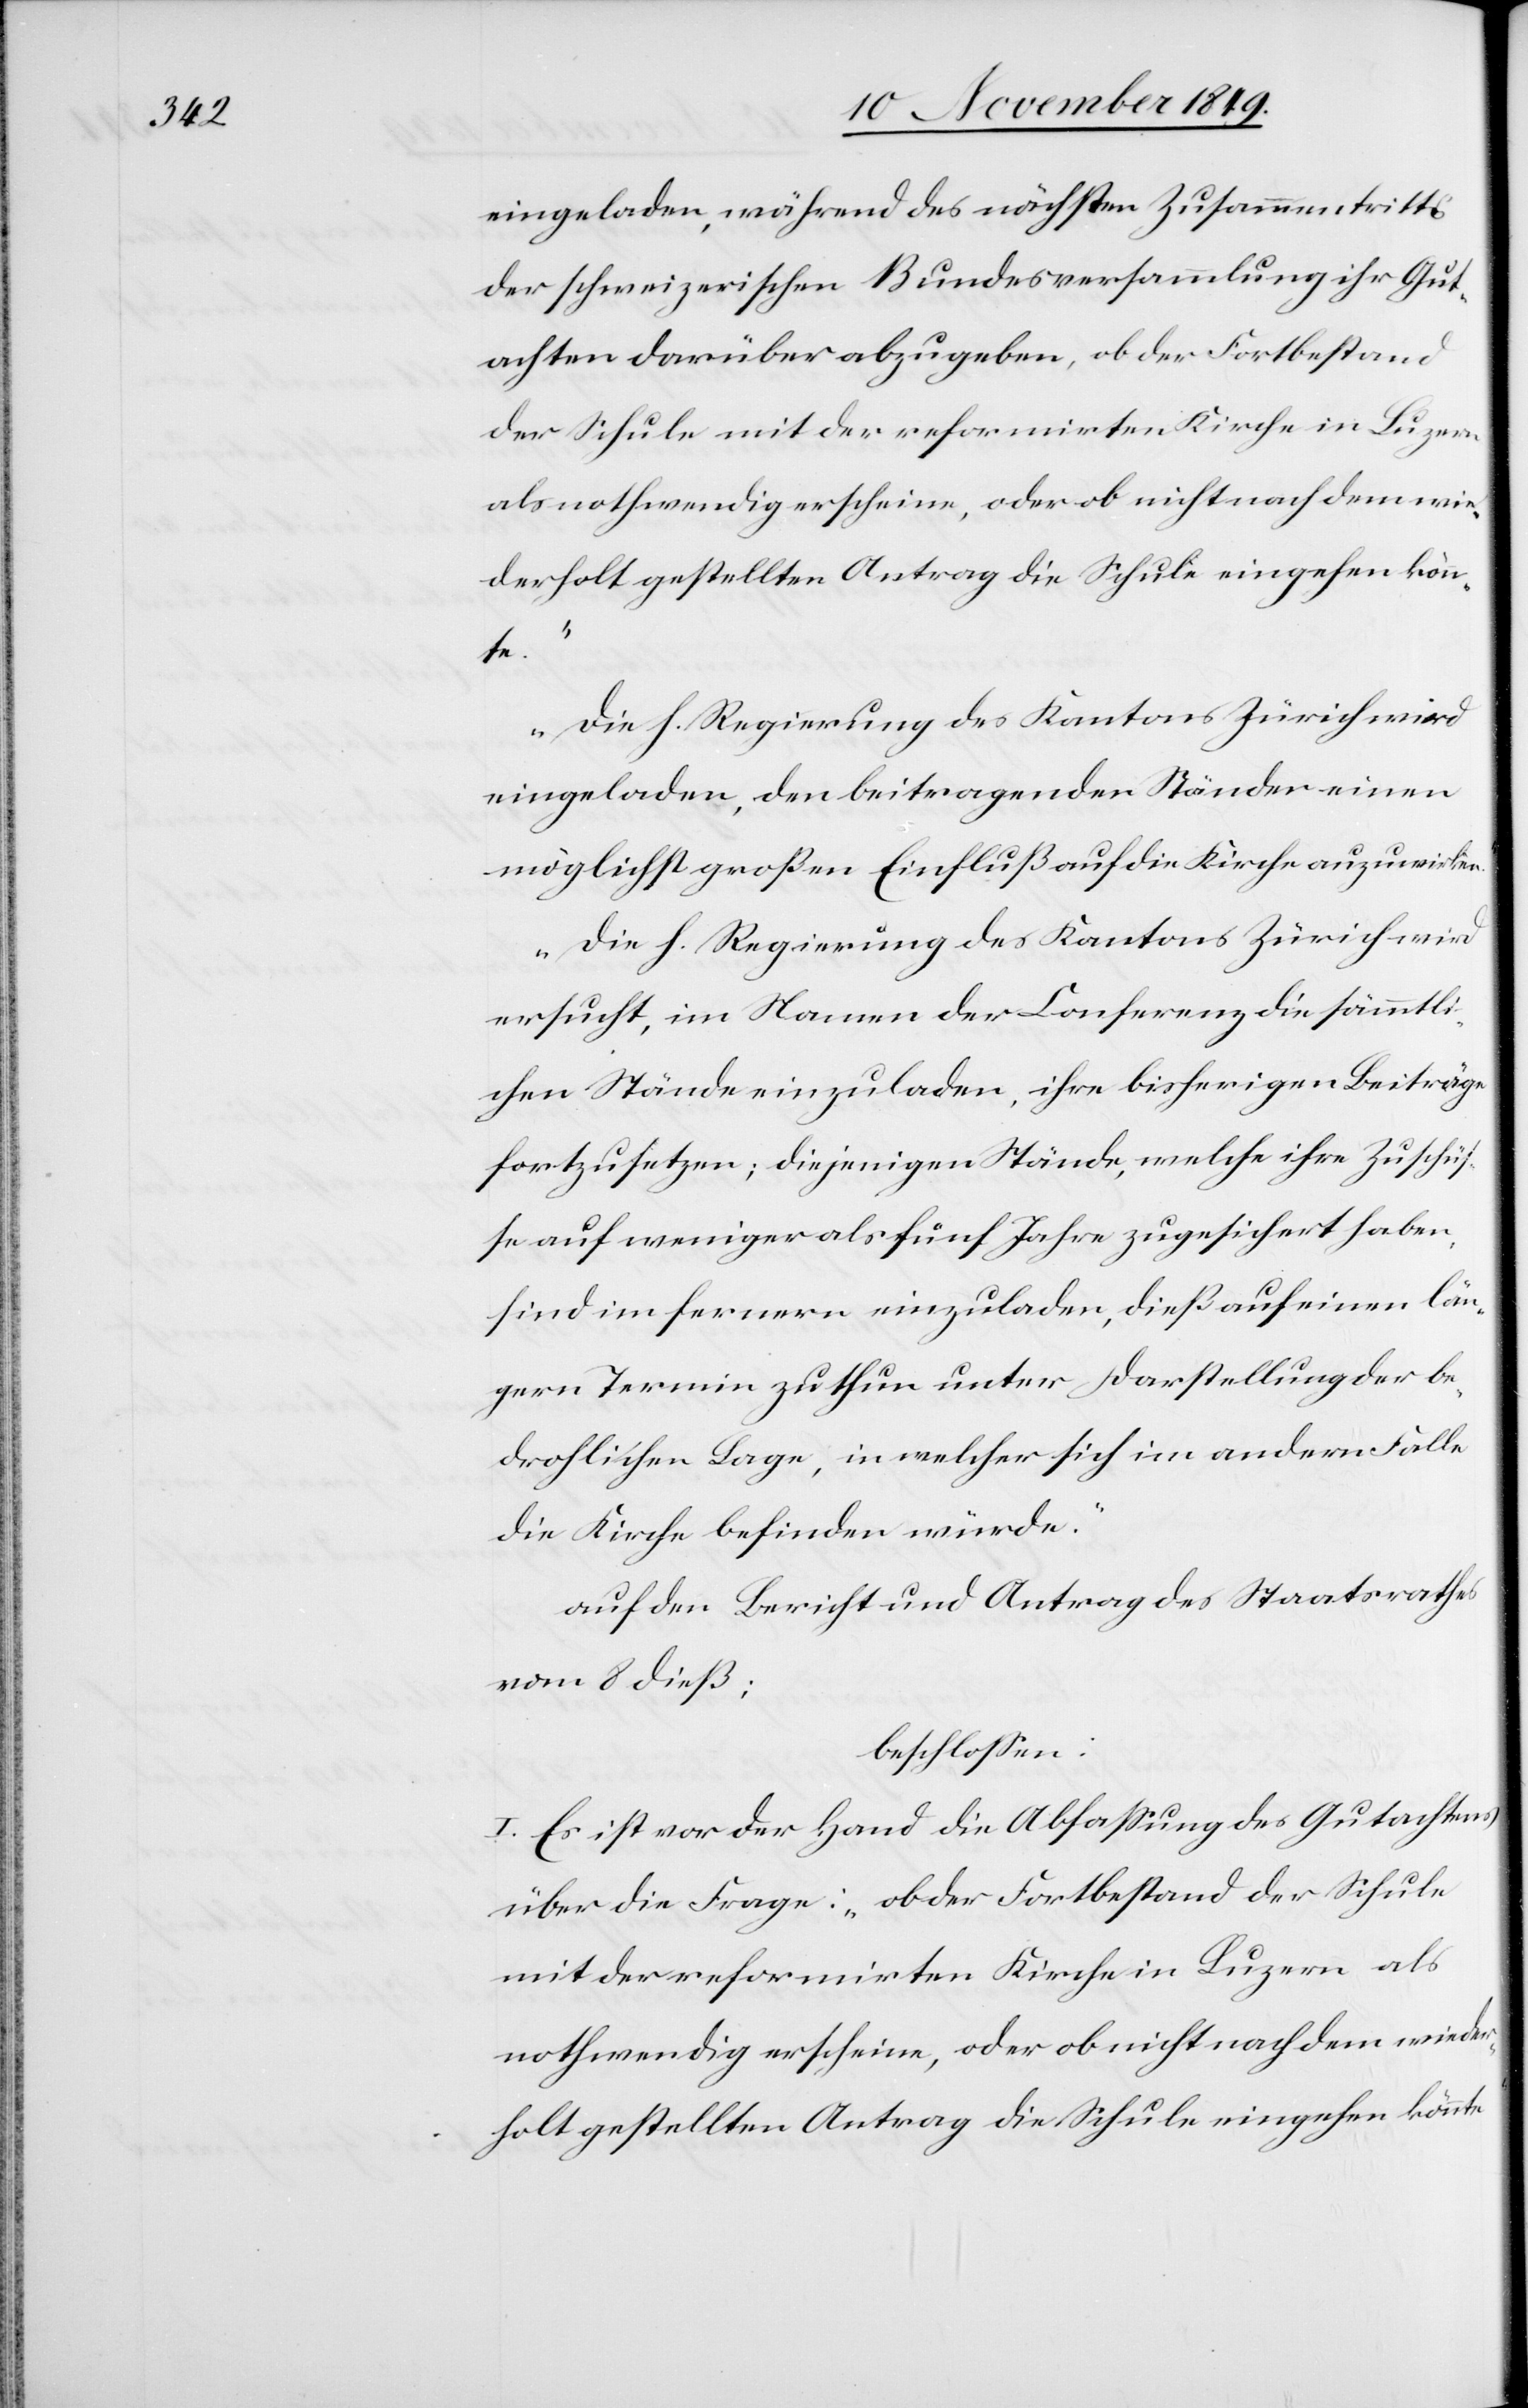
eingeladen, während des nächsten Zusammentritts
der schweizerischen Bundesversammlung ihr Gut¬
achten darüber abzugeben, ob der Fortbestand
der Schule mit der reformirten Kirche in Luzern
als nothwendig erscheine, oder ob nicht nach dem wie¬
derholt gestellten Antrag die Schule eingehen könn¬
te.“
„Die Regierung des Kantons Zürich wird
eingeladen, den beitragenden Ständen einen
möglichst großen Einfluß auf die Kirche anzuwirke¬
n. Die h. Regierung des Kantons Zürich wird
ersucht, im Namen der Conferenz die sämmtli¬
chen Stände einzuladen, ihre bisherigen Beiträge
fortzusetzen; diejenigen Stände, welche ihre Zuschüß¬
e auf weniger als fünf Jahre zugesichert haben,
sind im fernern einzuladen, dieß auf einen län¬
gern Termin zu thun unter Darstellung der be¬
drohlichen Lage, in welcher sich im andern Falle
die Kirche befinden würde.“
auf den Bericht und Antrag des Staatsrathes
vom 8 dieß:
beschloßen:
I. Es ist vor der Hand die Abfaßung des Gutachtens
über die Frage: „ob der Fortbestand der Schule
mit der reformirten Kirche in Luzern als
nothwendig erscheine, oder ob nicht nach dem wieder¬
holt gestellten Antrag die Schule eingehen könne“